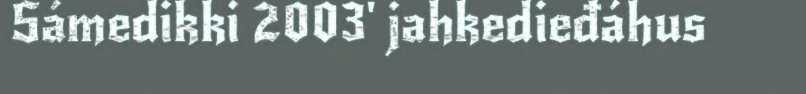
Sámedikki 2003' jahkedieđáhus